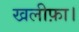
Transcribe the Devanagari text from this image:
खलीफ़ा।